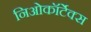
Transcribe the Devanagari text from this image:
निओकॉर्टेक्स